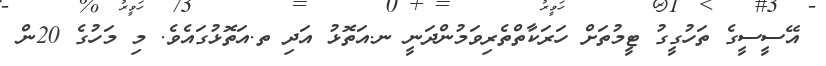
އޭސީސީގެ ތަހުގީގު ޓީމުތަށް ހަރަކާތްތެރިވަމުންދަނީ ނ.އަތޮޅު އަދި ތ.އަތޮޅުގައެވެ. މި މަހުގެ 20ން